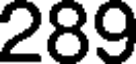
289